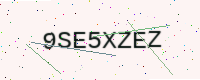
Text: 9SE5XZEZ